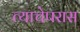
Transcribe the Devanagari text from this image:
त्याचेपरास